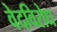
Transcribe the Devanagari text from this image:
वेदविरोध